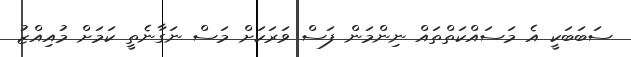
ސަބަބަކީ އެ މަސައްކަތްތައް ނިންމަން ފަސް ވަރަކަށް މަސް ނަގާނެތީ ކަމަށް މުއިއްޒު